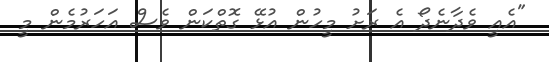
"އެއީ ވެދާނެދޯ އެ ރަށު މީހުން އުޅޭ ގޮތްކަން ވެސް އަހަރުމެން މީ